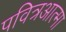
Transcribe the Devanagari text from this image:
पवित्रआत्मा